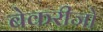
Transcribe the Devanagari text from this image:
बेकरीजो